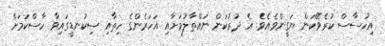
އިހުސާސް ކުރެވޭކަން ޔަގީންވެއެވެ. އެ ދުރުކަން ނައްތާލުމަށާއި އަހަރެންގެ ހިތާއި ސިކުނޑީގައިވާ ހާސްކަމަށް